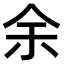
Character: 余